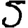
Digit: 5